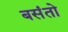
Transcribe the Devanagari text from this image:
बसंतो